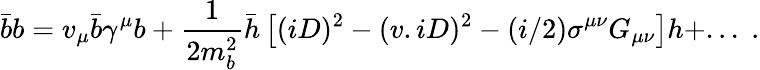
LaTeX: \bar{b}b=v_{\mu}\bar{b}\gamma^{\mu}b+\frac{1}{2m_{b}^{2}}\bar{h}\left[(iD)^{2}-(v.iD)^{2}-(i/2)\sigma^{\mu\nu}G_{\mu\nu}\right]h+...\; .